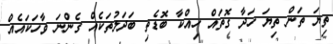
ތިޔަ ތަން ތިޔަ ހަދާ ގޮތައް ހިއްކާ ބޮޑެތި ބަދަލުތަކެއް ގެންނަ ވާހަކައެއް